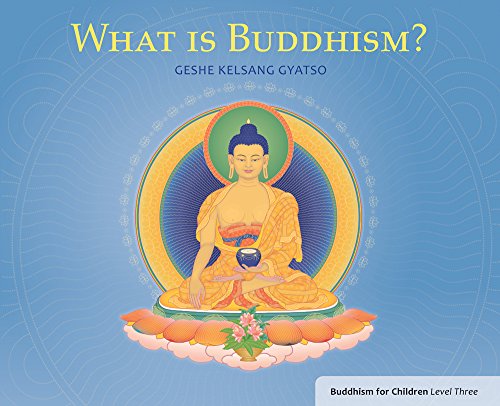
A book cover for What is Buddhism?: Buddhism for Children Level 3; Geshe Kelsang Gyatso; Teen & Young Adult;